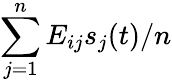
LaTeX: \sum_{j=1}^{n}E_{ij}s_{j}(t)/n